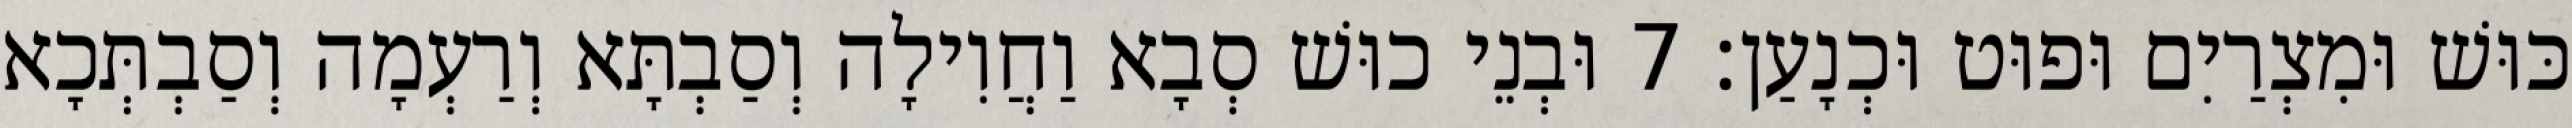
כּוּשׁ וּמִצְרַיִם וּפוּט וּכְנָעַן׃ 7 וּבְנֵי כוּשׁ סְבָא וַחֲוִילָה וְסַבְתָּא וְרַעְמָה וְסַבְתְּכָא